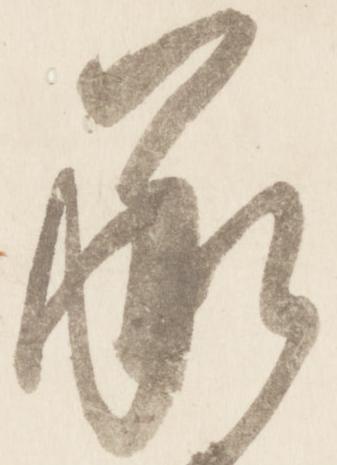
承